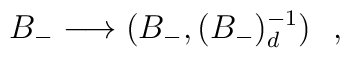
B_{-}\longrightarrow (B_{-},(B_{-})_{d}^{-1})\ \ ,